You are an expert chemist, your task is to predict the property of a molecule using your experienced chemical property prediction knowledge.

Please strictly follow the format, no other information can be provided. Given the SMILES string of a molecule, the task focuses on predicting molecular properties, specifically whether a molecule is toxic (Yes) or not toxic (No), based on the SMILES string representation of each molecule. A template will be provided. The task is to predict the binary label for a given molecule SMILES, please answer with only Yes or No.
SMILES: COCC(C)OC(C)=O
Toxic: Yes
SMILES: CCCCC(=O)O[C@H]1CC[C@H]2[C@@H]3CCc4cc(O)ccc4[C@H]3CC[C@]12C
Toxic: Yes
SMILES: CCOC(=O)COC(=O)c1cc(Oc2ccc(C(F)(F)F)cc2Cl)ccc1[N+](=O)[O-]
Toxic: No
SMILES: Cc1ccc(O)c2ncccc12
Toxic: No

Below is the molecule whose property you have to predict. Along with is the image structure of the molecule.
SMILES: Oc1ccc(Cc2ccccc2O)cc1
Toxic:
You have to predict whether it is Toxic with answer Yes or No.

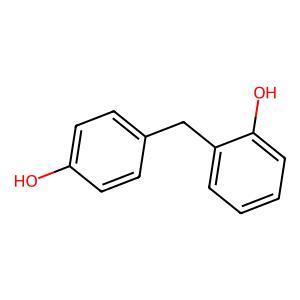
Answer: No